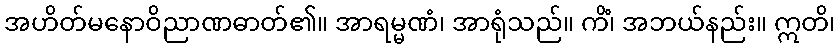
အဟိတ်မနောဝိညာဏဓာတ်၏။ အာရမ္မဏံ၊ အာရုံသည်။ ကိံ၊ အဘယ်နည်း။ ဣတိ၊